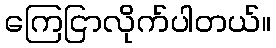
ကြေငြာလိုက်ပါတယ်။